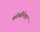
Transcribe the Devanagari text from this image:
कॉम्बीनेशन